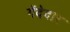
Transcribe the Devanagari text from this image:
गेंदेदार